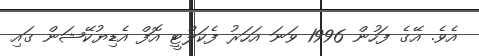
އެވެ. އޭގެ ފަހުން 1996 ވަނަ އަހަރު ފެކަލްޓީ އޮފް އެޑިޔުކޭޝަން ގައި